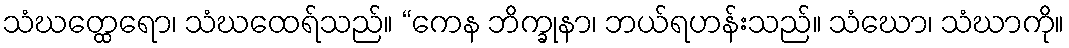
သံဃတ္ထေရော၊ သံဃထေရ်သည်။ “ကေန ဘိက္ခုနာ၊ ဘယ်ရဟန်းသည်။ သံဃော၊ သံဃာကို။